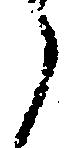
之